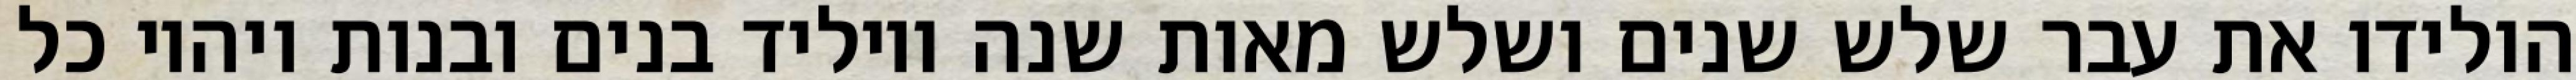
הולידו את עבר שלש שנים ושלש מאות שנה ויוליד בנים ובנות ויהיו כל